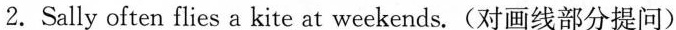
2.Sally often \underline{flies a kite} at weekends.(对画线部分提问)